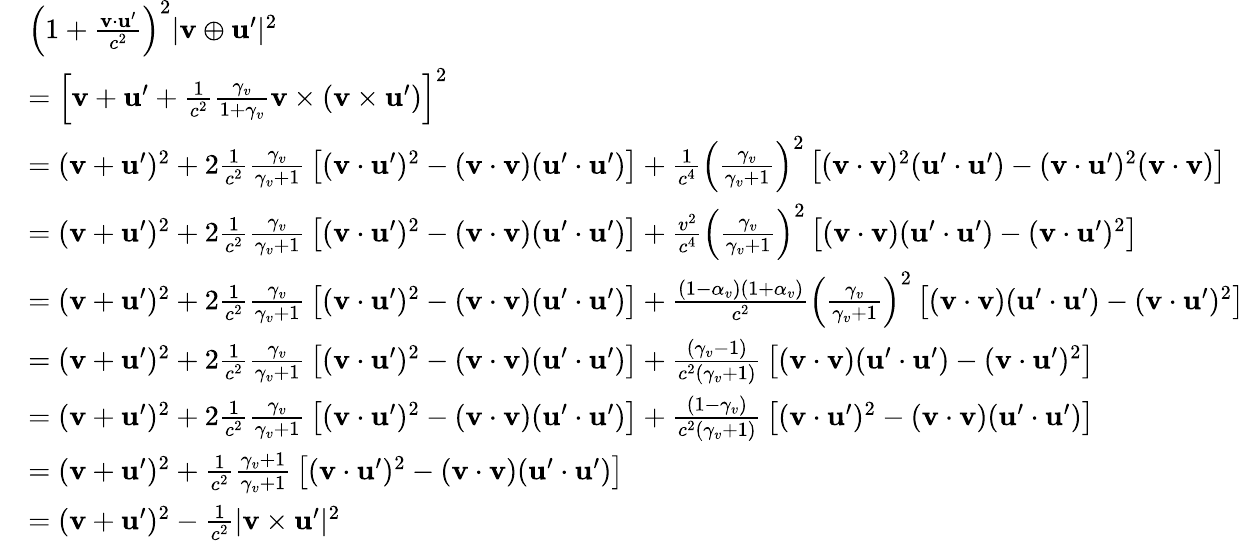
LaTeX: {\begin{array}{rl}&{\left(1+{\frac{\mathbf{v}\cdot\mathbf{u}^{\prime}}{c^{2}}}\right)^{2}|\mathbf{v}\oplus\mathbf{u}^{\prime}|^{2}}\\ &{=\left[\mathbf{v}+\mathbf{u}^{\prime}+{\frac{1}{c^{2}}}{\frac{\gamma_{v}}{1+\gamma_{v}}}\mathbf{v}\times(\mathbf{v}\times\mathbf{u}^{\prime})\right]^{2}}\\ &{=(\mathbf{v}+\mathbf{u}^{\prime})^{2}+2{\frac{1}{c^{2}}}{\frac{\gamma_{v}}{\gamma_{v}+1}}\left[(\mathbf{v}\cdot\mathbf{u}^{\prime})^{2}-(\mathbf{v}\cdot\mathbf{v})(\mathbf{u}^{\prime}\cdot\mathbf{u}^{\prime})\right]+{\frac{1}{c^{4}}}\left({\frac{\gamma_{v}}{\gamma_{v}+1}}\right)^{2}\left[(\mathbf{v}\cdot\mathbf{v})^{2}(\mathbf{u}^{\prime}\cdot\mathbf{u}^{\prime})-(\mathbf{v}\cdot\mathbf{u}^{\prime})^{2}(\mathbf{v}\cdot\mathbf{v})\right]}\\ &{=(\mathbf{v}+\mathbf{u}^{\prime})^{2}+2{\frac{1}{c^{2}}}{\frac{\gamma_{v}}{\gamma_{v}+1}}\left[(\mathbf{v}\cdot\mathbf{u}^{\prime})^{2}-(\mathbf{v}\cdot\mathbf{v})(\mathbf{u}^{\prime}\cdot\mathbf{u}^{\prime})\right]+{\frac{v^{2}}{c^{4}}}\left({\frac{\gamma_{v}}{\gamma_{v}+1}}\right)^{2}\left[(\mathbf{v}\cdot\mathbf{v})(\mathbf{u}^{\prime}\cdot\mathbf{u}^{\prime})-(\mathbf{v}\cdot\mathbf{u}^{\prime})^{2}\right]}\\ &{=(\mathbf{v}+\mathbf{u}^{\prime})^{2}+2{\frac{1}{c^{2}}}{\frac{\gamma_{v}}{\gamma_{v}+1}}\left[(\mathbf{v}\cdot\mathbf{u}^{\prime})^{2}-(\mathbf{v}\cdot\mathbf{v})(\mathbf{u}^{\prime}\cdot\mathbf{u}^{\prime})\right]+{\frac{(1-\alpha_{v})(1+\alpha_{v})}{c^{2}}}\left({\frac{\gamma_{v}}{\gamma_{v}+1}}\right)^{2}\left[(\mathbf{v}\cdot\mathbf{v})(\mathbf{u}^{\prime}\cdot\mathbf{u}^{\prime})-(\mathbf{v}\cdot\mathbf{u}^{\prime})^{2}\right]}\\ &{=(\mathbf{v}+\mathbf{u}^{\prime})^{2}+2{\frac{1}{c^{2}}}{\frac{\gamma_{v}}{\gamma_{v}+1}}\left[(\mathbf{v}\cdot\mathbf{u}^{\prime})^{2}-(\mathbf{v}\cdot\mathbf{v})(\mathbf{u}^{\prime}\cdot\mathbf{u}^{\prime})\right]+{\frac{(\gamma_{v}-1)}{c^{2}(\gamma_{v}+1)}}\left[(\mathbf{v}\cdot\mathbf{v})(\mathbf{u}^{\prime}\cdot\mathbf{u}^{\prime})-(\mathbf{v}\cdot\mathbf{u}^{\prime})^{2}\right]}\\ &{=(\mathbf{v}+\mathbf{u}^{\prime})^{2}+2{\frac{1}{c^{2}}}{\frac{\gamma_{v}}{\gamma_{v}+1}}\left[(\mathbf{v}\cdot\mathbf{u}^{\prime})^{2}-(\mathbf{v}\cdot\mathbf{v})(\mathbf{u}^{\prime}\cdot\mathbf{u}^{\prime})\right]+{\frac{(1-\gamma_{v})}{c^{2}(\gamma_{v}+1)}}\left[(\mathbf{v}\cdot\mathbf{u}^{\prime})^{2}-(\mathbf{v}\cdot\mathbf{v})(\mathbf{u}^{\prime}\cdot\mathbf{u}^{\prime})\right]}\\ &{=(\mathbf{v}+\mathbf{u}^{\prime})^{2}+{\frac{1}{c^{2}}}{\frac{\gamma_{v}+1}{\gamma_{v}+1}}\left[(\mathbf{v}\cdot\mathbf{u}^{\prime})^{2}-(\mathbf{v}\cdot\mathbf{v})(\mathbf{u}^{\prime}\cdot\mathbf{u}^{\prime})\right]}\\ &{=(\mathbf{v}+\mathbf{u}^{\prime})^{2}-{\frac{1}{c^{2}}}|\mathbf{v}\times\mathbf{u}^{\prime}|^{2}}\end{array}}